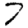
Digit: 7